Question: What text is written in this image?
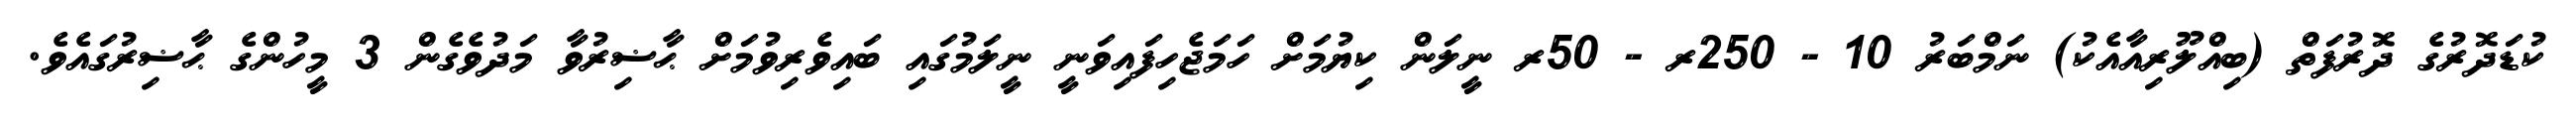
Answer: ކުޑަދޮރުގެ ދޮރުފަތް (ބިއްލޫރިއާއެކު) ނަމްބަރު 10 - 250ރ - 50ރ ނީލަން ކިޔުމަށް ހަމަޖެހިފައިވަނީ ނީލަމުގައި ބައިވެރިވުމަށް ޙާޟިރުވާ މަދުވެގެން 3 މީހުންގެ ޙާޟިރުގައެވެ.